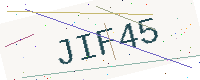
Text: JIF45